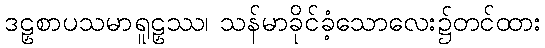
ဒဠှစာပသမာရူဠှဿ၊ သန်မာခိုင်ခံ့သောလေး၌တင်ထား